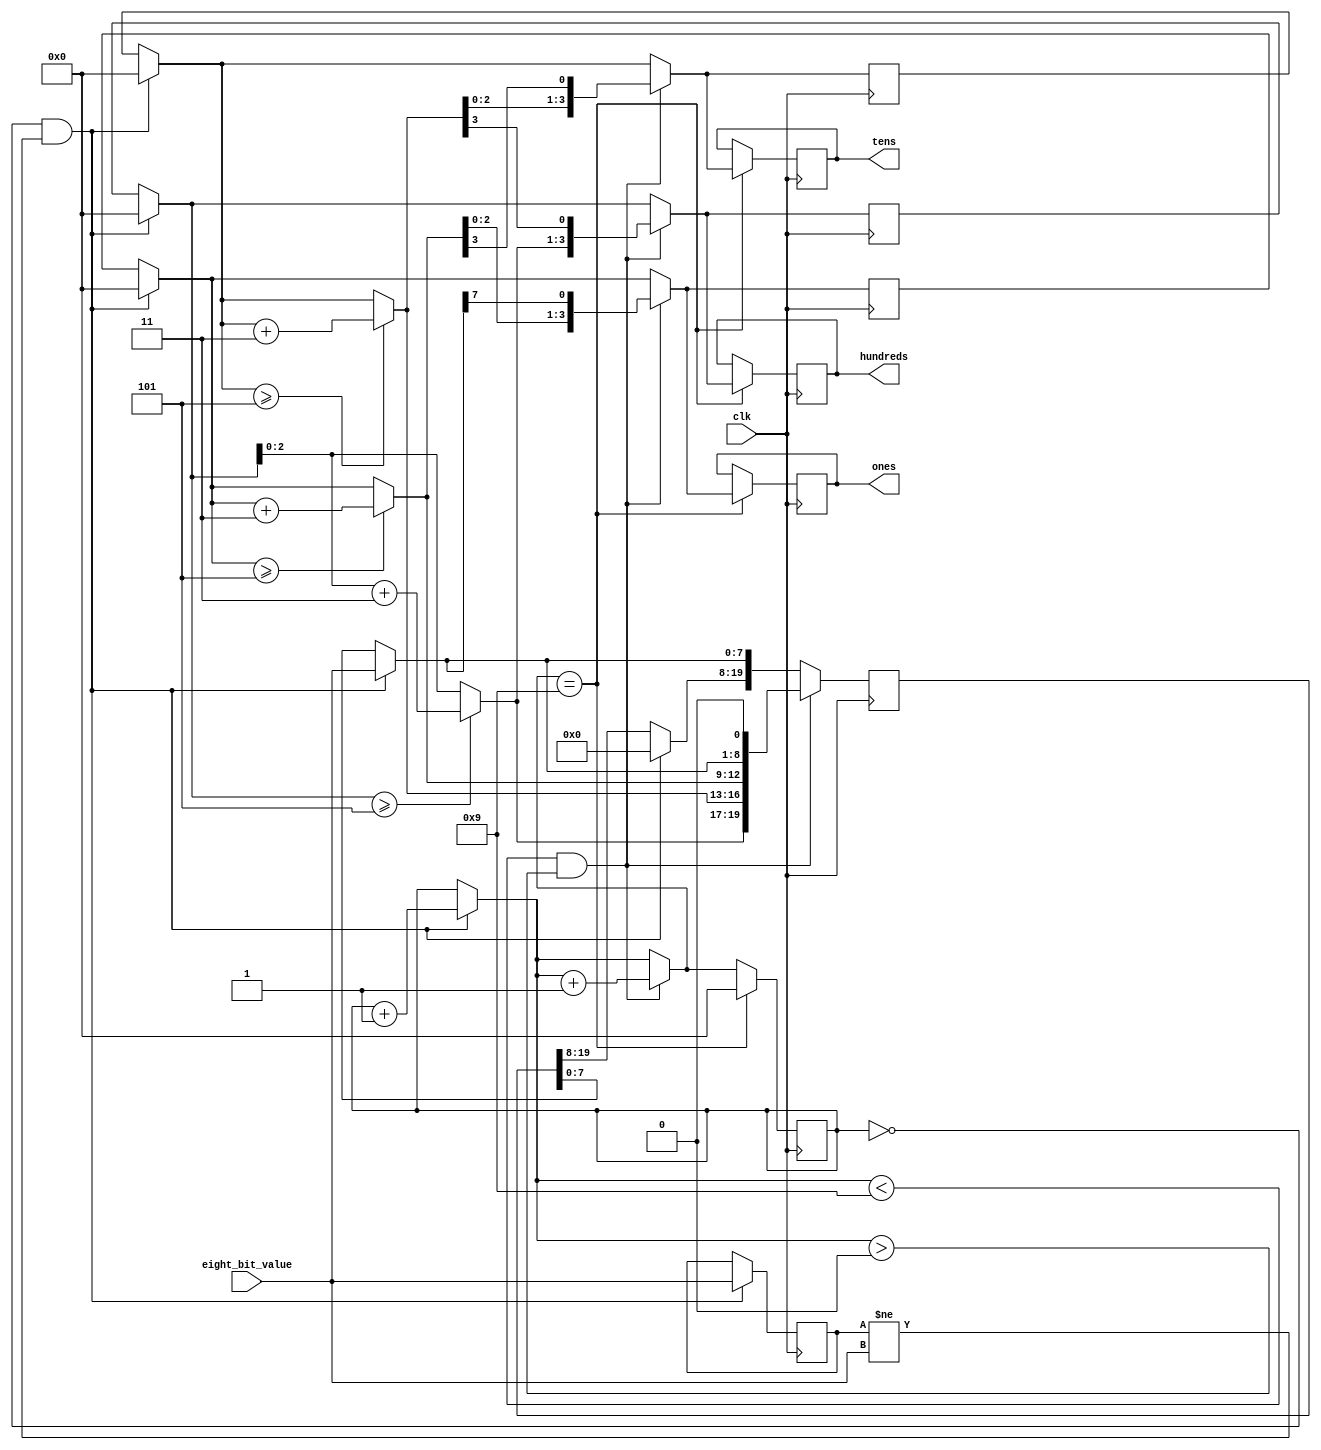
`timescale 10ns/1ns

module binary_to_bcd(
	input clk,
	input [7:0] eight_bit_value,
	output reg [3:0] ones = 0,
	output reg [3:0] tens = 0,
	output reg [3:0] hundreds = 0
	);
	
reg [3:0] i = 0;
reg [19:0] shift_register = 0;
reg [3:0] temp_ones = 0;
reg [3:0] temp_tens = 0;
reg [3:0] temp_hunndreds = 0;
reg [7:0] old_eight_bit_value = 0;

always @(posedge clk)
	begin
		if((i==0) & (old_eight_bit_value != eight_bit_value))
			begin
				shift_register = 20'd0;
				old_eight_bit_value = eight_bit_value;
				shift_register[7:0] = eight_bit_value;
				temp_hunndreds = shift_register[19:16];
				temp_tens = shift_register[15:12];
				temp_ones = shift_register[11:8];
				i = i + 1;
			end
		if(i < 9 & i > 0)
			begin
				if(temp_hunndreds >= 5) temp_hunndreds = temp_hunndreds + 3;
				if(temp_tens >= 5) temp_tens = temp_tens + 3;
				if(temp_ones >= 5) temp_ones = temp_ones + 3;
				shift_register[19:8] = {temp_hunndreds, temp_tens, temp_ones};
				shift_register	= shift_register << 1;
				temp_hunndreds = shift_register[19:16];
				temp_tens = shift_register[15:12];
				temp_ones = shift_register[11:8];
				i = i + 1;
			end
		if(i == 9)
			begin
				i = 0;
				hundreds = temp_hunndreds;
				tens = temp_tens;
				ones = temp_ones;
			end
	end
endmodule